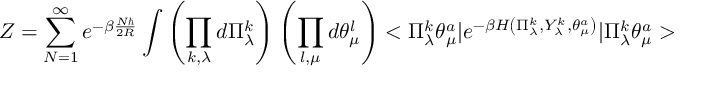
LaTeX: Z = \sum _ { N = 1 } ^ { \infty } e ^ { - \beta \frac { N \hbar } { 2 R } } \int \left( \prod _ { k , \lambda } d \Pi _ { \lambda } ^ { k } \right) \left( \prod _ { l , \mu } d \theta _ { \mu } ^ { l } \right) < \Pi _ { \lambda } ^ { k } \theta _ { \mu } ^ { a } | e ^ { - \beta H \left( \Pi _ { \lambda } ^ { k } , Y _ { \lambda } ^ { k } , \theta _ { \mu } ^ { a } \right) } | \Pi _ { \lambda } ^ { k } \theta _ { \mu } ^ { a } >